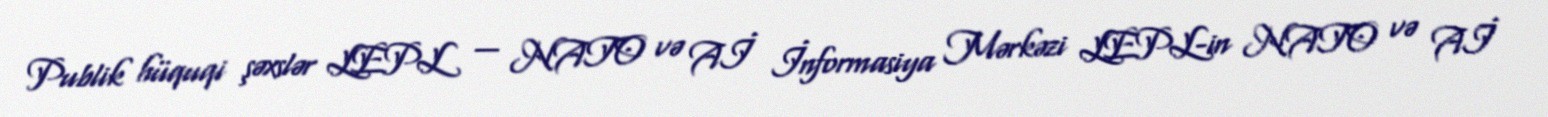
Publik hüquqi şəxslər LEPL — NATO və Aİ İnformasiya Mərkəzi LEPL-in NATO və Aİ